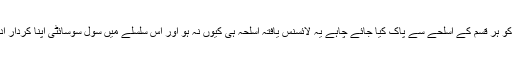
کراچی کو ہر قسم کے اسلحے سے پاک کیا جائے چاہے یہ لائسنس یافتہ اسلحہ ہی کیوں نہ ہو اور اس سلسلے میں سول سوسائٹی اپنا کردار ادا کرے۔